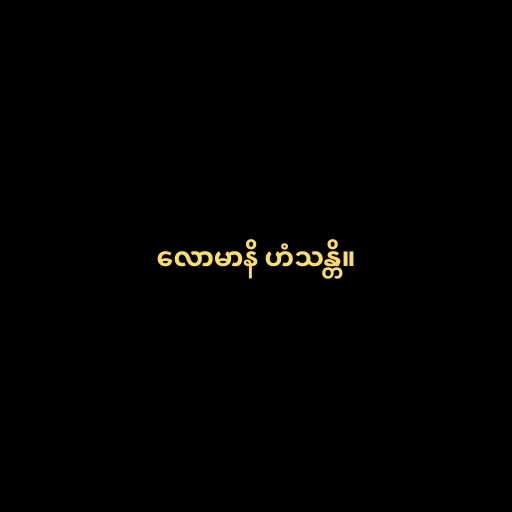
လောမာနိ ဟံသန္တိ။